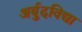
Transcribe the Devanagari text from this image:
अर्बुदविद्या